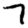
Digit: 7